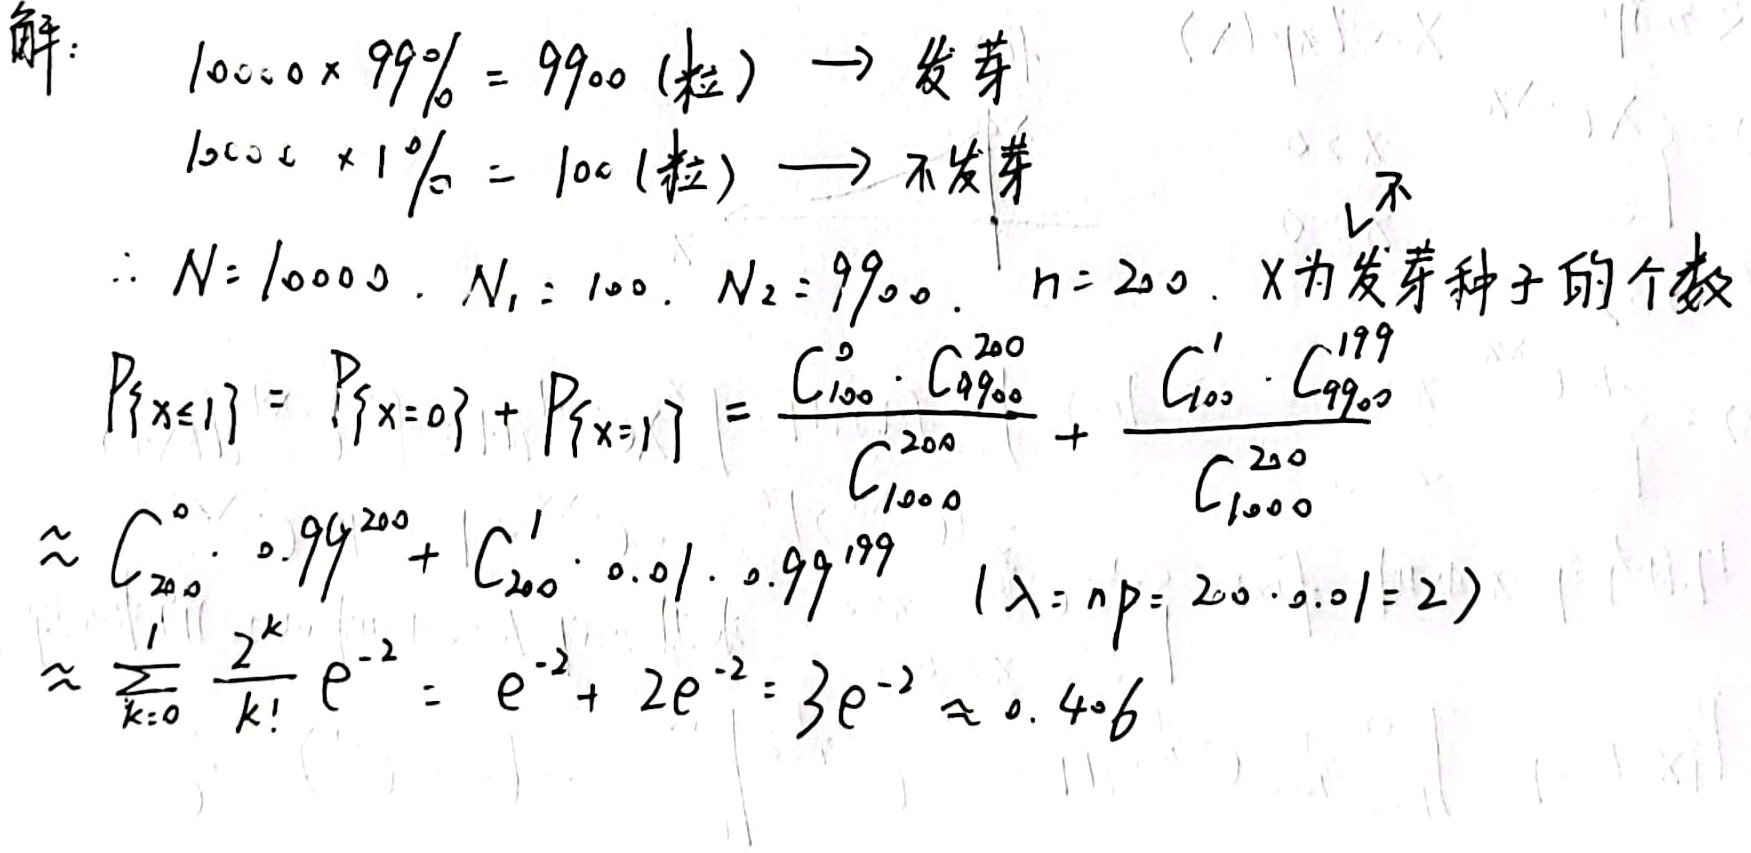
解：
\[
\begin{align*}
&10000\times99\% = 9900(\text{粒})\to\text{发芽}\\
&10000\times1\% = 100(\text{粒})\to\text{不发芽}\\
&\therefore N = 10000,\ N_1=100,\ N_2 = 9900,\ n = 200,\ X\text{为发芽种子的个数}\\
&P\{X\leq1\}=P\{X = 0\}+P\{X = 1\}=\frac{C_{100}^0\cdot C_{9900}^{200}}{C_{10000}^{200}}+\frac{C_{100}^1\cdot C_{9900}^{199}}{C_{10000}^{200}}\\
&\approx C_{200}^0\cdot0.99^{200}+C_{200}^1\cdot0.01\cdot0.99^{199}\quad(\lambda=np = 200\cdot0.01 = 2)\\
&\approx\sum_{k = 0}^{1}\frac{2^{k}}{k!}e^{-2}=e^{-2}+2e^{-2}=3e^{-2}\approx0.406
\end{align*}
\]